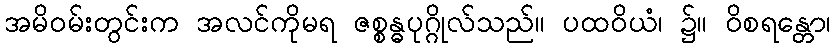
အမိဝမ်းတွင်းက အလင်ကိုမရ ဇစ္စန္ဓပုဂ္ဂိုလ်သည်။ ပထဝိယံ၊ ၌။ ဝိစရန္တော၊